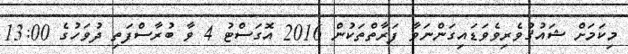
މިކަމަށް ޝައުޤުވެރިވެވަޑައިގަންނަވާ ފަރާތްތަކުން 2016 އޮގަސްޓު 4 ވާ ބުރާސްފަތި ދުވަހުގެ 13:00